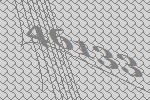
46133